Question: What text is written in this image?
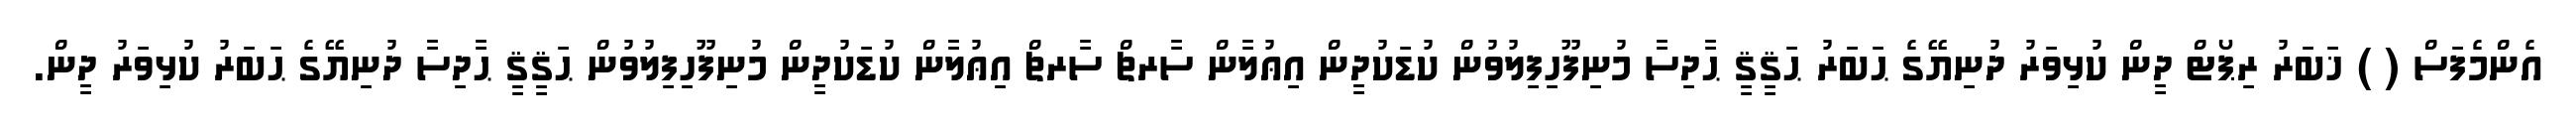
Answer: އެންމެފަސް ( ) ޚަބަރު ރިޕޯޓް ދީން ކުޅިވަރު ދުނިޔޭގެ ޙަބަރު ޙަޤީޤީ ޙާދިސާ މުނިފޫހިފިލުވުން ކުޑަކުދީން އިޢުލާން ސާރޗް ސާރޗް އިޢުލާން ކުޑަކުދީން މުނިފޫހިފިލުވުން ޙަޤީޤީ ޙާދިސާ ދުނިޔޭގެ ޙަބަރު ކުޅިވަރު ދީން.